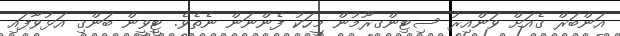
އަންބަރް ގެއަށް ވަންއިރު ސިޓިންގރޫމުން މީހަކު ފެންނަން ނެތެވެ. ޓީވީން ބަންގި އަޅުވާފައި